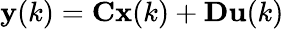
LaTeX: \mathbf{y}(k)=\mathbf{C}\mathbf{x}(k)+\mathbf{D}\mathbf{u}(k)